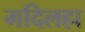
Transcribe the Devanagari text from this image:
मदिलहा